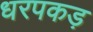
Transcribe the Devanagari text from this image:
धरपकड़